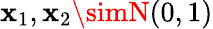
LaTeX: \mathbf{x}_{1},\mathbf{x}_{2}\simN(0,1)